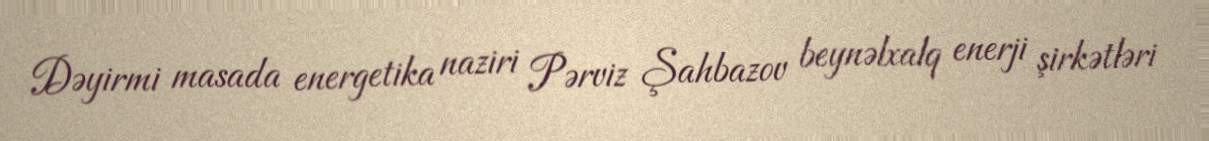
Dəyirmi masada energetika naziri Pərviz Şahbazov beynəlxalq enerji şirkətləri